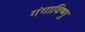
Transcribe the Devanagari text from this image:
गंगाविष्णु